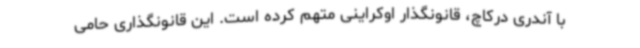
با آندری درکاچ، قانونگذار اوکراینی متهم کرده است. این قانونگذاری حامی